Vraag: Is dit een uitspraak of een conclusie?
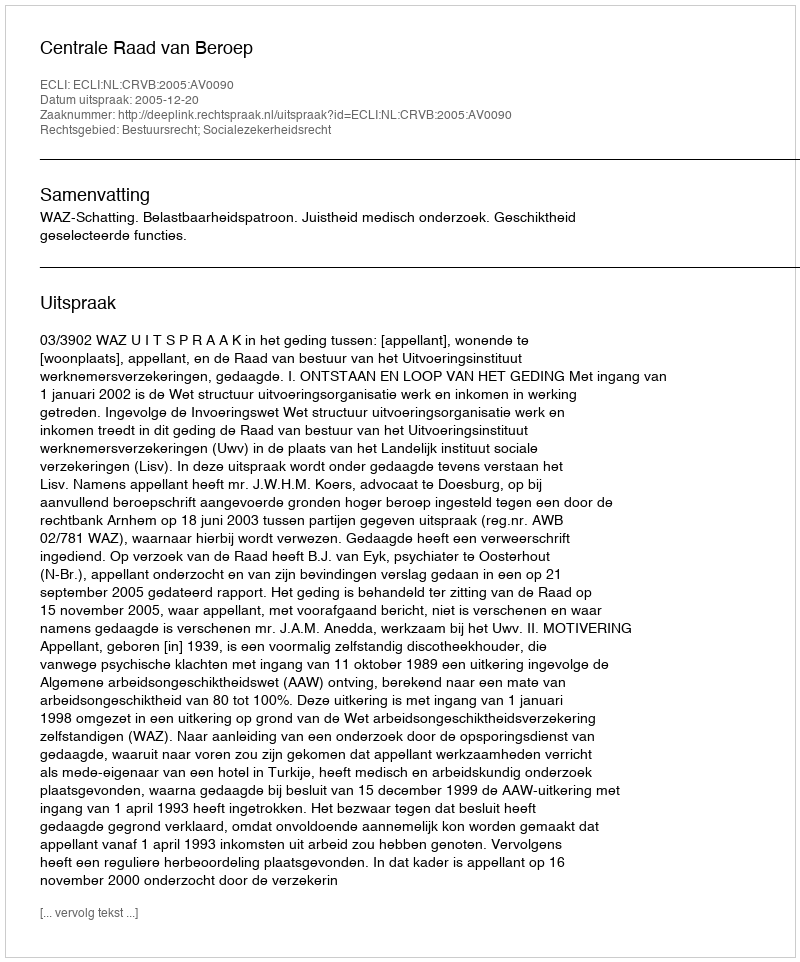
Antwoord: Uitspraak